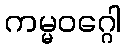
ကမ္မဝဂ္ဂေါ